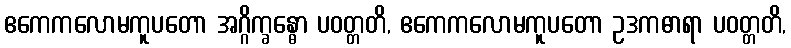
ဧကေကလောမကူပတော အဂ္ဂိက္ခန္ဓော ပဝတ္တတိ, ဧကေကလောမကူပတော ဥဒကဓာရာ ပဝတ္တတိ,